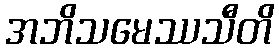
အဘိသမေဿသီတိ